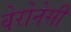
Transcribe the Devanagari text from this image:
वेरोनेसी